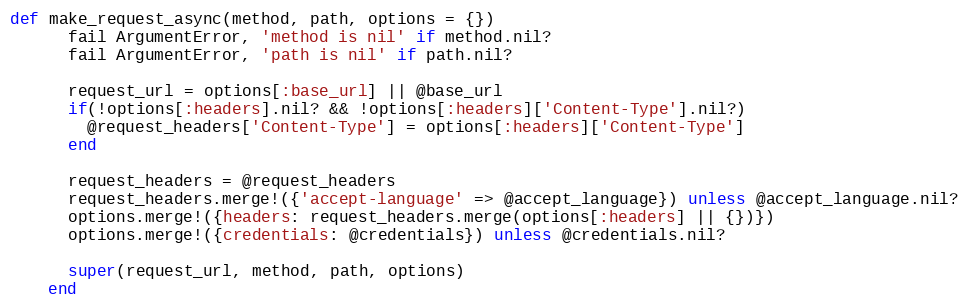
Language: Ruby
def make_request_async(method, path, options = {})
      fail ArgumentError, 'method is nil' if method.nil?
      fail ArgumentError, 'path is nil' if path.nil?

      request_url = options[:base_url] || @base_url
      if(!options[:headers].nil? && !options[:headers]['Content-Type'].nil?)
        @request_headers['Content-Type'] = options[:headers]['Content-Type']
      end

      request_headers = @request_headers
      request_headers.merge!({'accept-language' => @accept_language}) unless @accept_language.nil?
      options.merge!({headers: request_headers.merge(options[:headers] || {})})
      options.merge!({credentials: @credentials}) unless @credentials.nil?

      super(request_url, method, path, options)
    end